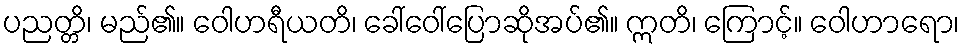
ပညတ္တိ၊ မည်၏။ ဝေါဟရီယတိ၊ ခေါ်ဝေါ်ပြောဆိုအပ်၏။ ဣတိ၊ ကြောင့်။ ဝေါဟာရော၊